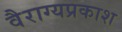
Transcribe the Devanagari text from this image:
वैराग्यप्रकाश